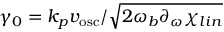
\gamma _ { 0 } = k _ { p } v _ { \mathrm { { o s c } } } / \sqrt { 2 \omega _ { b } \partial _ { \omega } \chi _ { l i n } }